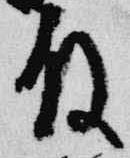
殿